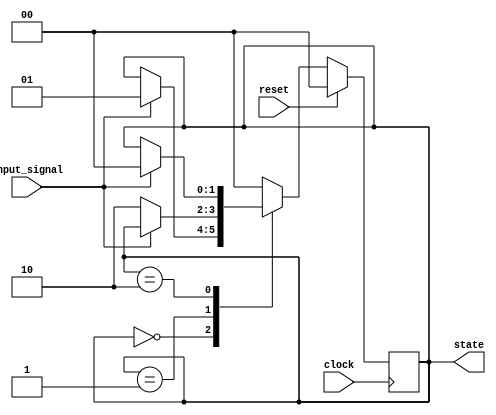
module fsm_example (
    input wire clock,        // Clock signal
    input wire reset,        // Synchronous reset signal
    input wire input_signal, // Input signal for state transition
    output reg [1:0] state   // 2-bit state output
);

// State encoding
localparam STATE_0 = 2'b00;
localparam STATE_1 = 2'b01;
localparam STATE_2 = 2'b10;

// Sequential logic block triggered on the rising edge of the clock
always @(posedge clock) begin
    if (reset) begin
        // Synchronous reset: reset state to STATE_0
        state <= STATE_0;
    end else begin
        // State transition logic
        case (state)
            STATE_0: begin
                if (input_signal) begin
                    state <= STATE_1; // Transition to STATE_1
                end
            end
            
            STATE_1: begin
                if (!input_signal) begin
                    state <= STATE_2; // Transition to STATE_2
                end
            end
            
            STATE_2: begin
                if (input_signal) begin
                    state <= STATE_0; // Transition back to STATE_0
                end
            end
            
            default: state <= STATE_0; // Default case to avoid latches
        endcase
    end
end

endmodule